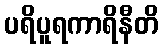
ပရိပူရကာရိနီတိ